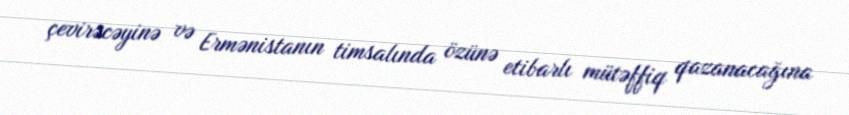
çevirəcəyinə və Ermənistanın timsalında özünə etibarlı mütəffiq qazanacağına